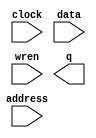
// This program was cloned from: https://github.com/furrtek/Arcade-TMNT_MiSTer
// License: GNU General Public License v2.0

// megafunction wizard: %RAM: 1-PORT%VBB%
// GENERATION: STANDARD
// VERSION: WM1.0
// MODULE: altsyncram 

// ============================================================
// Megafunction Name(s):
// 			altsyncram
//
// Simulation Library Files(s):
// 			altera_mf
// ============================================================
// ************************************************************
// THIS IS A WIZARD-GENERATED FILE. DO NOT EDIT THIS FILE!
//
// 17.0.0 Build 595 04/25/2017 SJ Lite Edition
// ************************************************************

//Copyright (C) 2017  Intel Corporation. All rights reserved.
//Your use of Intel Corporation's design tools, logic functions 
//and other software and tools, and its AMPP partner logic 
//functions, and any output files from any of the foregoing 
//(including device programming or simulation files), and any 
//associated documentation or information are expressly subject 
//to the terms and conditions of the Intel Program License 
//Subscription Agreement, the Intel Quartus Prime License Agreement,
//the Intel MegaCore Function License Agreement, or other 
//applicable license agreement, including, without limitation, 
//that your use is for the sole purpose of programming logic 
//devices manufactured by Intel and sold by Intel or its 
//authorized distributors.  Please refer to the applicable 
//agreement for further details.

module ram_k051937_shadow (
	address,
	clock,
	data,
	wren,
	q);

	input	[7:0]  address;
	input	  clock;
	input	[0:0]  data;
	input	  wren;
	output	[0:0]  q;
`ifndef ALTERA_RESERVED_QIS
// synopsys translate_off
`endif
	tri1	  clock;
`ifndef ALTERA_RESERVED_QIS
// synopsys translate_on
`endif

endmodule

// ============================================================
// CNX file retrieval info
// ============================================================
// Retrieval info: PRIVATE: ADDRESSSTALL_A NUMERIC "0"
// Retrieval info: PRIVATE: AclrAddr NUMERIC "0"
// Retrieval info: PRIVATE: AclrByte NUMERIC "0"
// Retrieval info: PRIVATE: AclrData NUMERIC "0"
// Retrieval info: PRIVATE: AclrOutput NUMERIC "0"
// Retrieval info: PRIVATE: BYTE_ENABLE NUMERIC "0"
// Retrieval info: PRIVATE: BYTE_SIZE NUMERIC "8"
// Retrieval info: PRIVATE: BlankMemory NUMERIC "1"
// Retrieval info: PRIVATE: CLOCK_ENABLE_INPUT_A NUMERIC "0"
// Retrieval info: PRIVATE: CLOCK_ENABLE_OUTPUT_A NUMERIC "0"
// Retrieval info: PRIVATE: Clken NUMERIC "0"
// Retrieval info: PRIVATE: DataBusSeparated NUMERIC "1"
// Retrieval info: PRIVATE: IMPLEMENT_IN_LES NUMERIC "0"
// Retrieval info: PRIVATE: INIT_FILE_LAYOUT STRING "PORT_A"
// Retrieval info: PRIVATE: INIT_TO_SIM_X NUMERIC "0"
// Retrieval info: PRIVATE: INTENDED_DEVICE_FAMILY STRING "Cyclone V"
// Retrieval info: PRIVATE: JTAG_ENABLED NUMERIC "0"
// Retrieval info: PRIVATE: JTAG_ID STRING "NONE"
// Retrieval info: PRIVATE: MAXIMUM_DEPTH NUMERIC "0"
// Retrieval info: PRIVATE: MIFfilename STRING ""
// Retrieval info: PRIVATE: NUMWORDS_A NUMERIC "256"
// Retrieval info: PRIVATE: RAM_BLOCK_TYPE NUMERIC "0"
// Retrieval info: PRIVATE: READ_DURING_WRITE_MODE_PORT_A NUMERIC "3"
// Retrieval info: PRIVATE: RegAddr NUMERIC "1"
// Retrieval info: PRIVATE: RegData NUMERIC "1"
// Retrieval info: PRIVATE: RegOutput NUMERIC "1"
// Retrieval info: PRIVATE: SYNTH_WRAPPER_GEN_POSTFIX STRING "0"
// Retrieval info: PRIVATE: SingleClock NUMERIC "1"
// Retrieval info: PRIVATE: UseDQRAM NUMERIC "1"
// Retrieval info: PRIVATE: WRCONTROL_ACLR_A NUMERIC "0"
// Retrieval info: PRIVATE: WidthAddr NUMERIC "8"
// Retrieval info: PRIVATE: WidthData NUMERIC "1"
// Retrieval info: PRIVATE: rden NUMERIC "0"
// Retrieval info: LIBRARY: altera_mf altera_mf.altera_mf_components.all
// Retrieval info: CONSTANT: CLOCK_ENABLE_INPUT_A STRING "BYPASS"
// Retrieval info: CONSTANT: CLOCK_ENABLE_OUTPUT_A STRING "BYPASS"
// Retrieval info: CONSTANT: INTENDED_DEVICE_FAMILY STRING "Cyclone V"
// Retrieval info: CONSTANT: LPM_HINT STRING "ENABLE_RUNTIME_MOD=NO"
// Retrieval info: CONSTANT: LPM_TYPE STRING "altsyncram"
// Retrieval info: CONSTANT: NUMWORDS_A NUMERIC "256"
// Retrieval info: CONSTANT: OPERATION_MODE STRING "SINGLE_PORT"
// Retrieval info: CONSTANT: OUTDATA_ACLR_A STRING "NONE"
// Retrieval info: CONSTANT: OUTDATA_REG_A STRING "CLOCK0"
// Retrieval info: CONSTANT: POWER_UP_UNINITIALIZED STRING "FALSE"
// Retrieval info: CONSTANT: READ_DURING_WRITE_MODE_PORT_A STRING "NEW_DATA_NO_NBE_READ"
// Retrieval info: CONSTANT: WIDTHAD_A NUMERIC "8"
// Retrieval info: CONSTANT: WIDTH_A NUMERIC "1"
// Retrieval info: CONSTANT: WIDTH_BYTEENA_A NUMERIC "1"
// Retrieval info: USED_PORT: address 0 0 8 0 INPUT NODEFVAL "address[7..0]"
// Retrieval info: USED_PORT: clock 0 0 0 0 INPUT VCC "clock"
// Retrieval info: USED_PORT: data 0 0 1 0 INPUT NODEFVAL "data[0..0]"
// Retrieval info: USED_PORT: q 0 0 1 0 OUTPUT NODEFVAL "q[0..0]"
// Retrieval info: USED_PORT: wren 0 0 0 0 INPUT NODEFVAL "wren"
// Retrieval info: CONNECT: @address_a 0 0 8 0 address 0 0 8 0
// Retrieval info: CONNECT: @clock0 0 0 0 0 clock 0 0 0 0
// Retrieval info: CONNECT: @data_a 0 0 1 0 data 0 0 1 0
// Retrieval info: CONNECT: @wren_a 0 0 0 0 wren 0 0 0 0
// Retrieval info: CONNECT: q 0 0 1 0 @q_a 0 0 1 0
// Retrieval info: GEN_FILE: TYPE_NORMAL ram_k051937_shadow.v TRUE
// Retrieval info: GEN_FILE: TYPE_NORMAL ram_k051937_shadow.inc FALSE
// Retrieval info: GEN_FILE: TYPE_NORMAL ram_k051937_shadow.cmp FALSE
// Retrieval info: GEN_FILE: TYPE_NORMAL ram_k051937_shadow.bsf FALSE
// Retrieval info: GEN_FILE: TYPE_NORMAL ram_k051937_shadow_inst.v FALSE
// Retrieval info: GEN_FILE: TYPE_NORMAL ram_k051937_shadow_bb.v TRUE
// Retrieval info: LIB_FILE: altera_mf